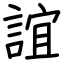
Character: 誼